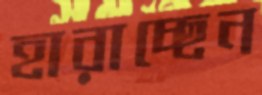
হারাচ্ছেন